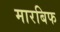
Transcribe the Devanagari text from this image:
मारबिफ